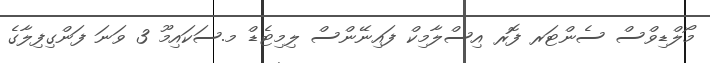
މޯލްޑިވްސް ސެންޓަރ ފޮރ އިސްލާމިކް ފައިނޭންސް ލިމިޓެޑް މ.ސަކައިމޫ 3 ވަނަ ފަންގިފިލާގެ